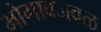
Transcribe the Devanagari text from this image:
भोगावजवळ